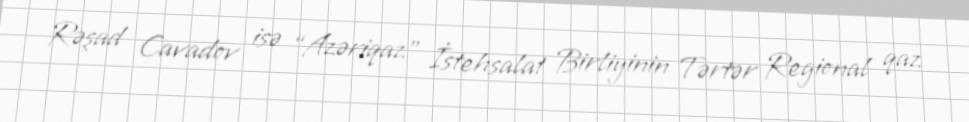
Rəşad Cavadov isə “Azəriqaz” İstehsalat Birliyinin Tərtər Regional qaz